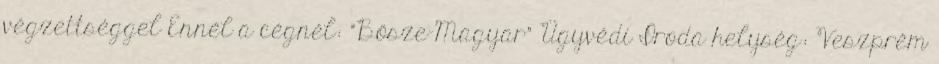
végzettséggel Ennél a cégnél: "Bősze-Magyar" Ügyvédi Iroda helység: Veszprém